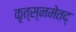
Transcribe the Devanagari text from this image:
कृत्स्नमेतद्